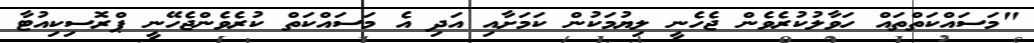
"މަސައްކަތްތައް ހަވާލުކުރެވެން ޖެހެނީ ލިޔުމަކުން ކަމަށާއި އަދި އެ މަސައްކަތް ކުރެވެންޖެހޭނީ ޕްރޮސިކިއުޓާ